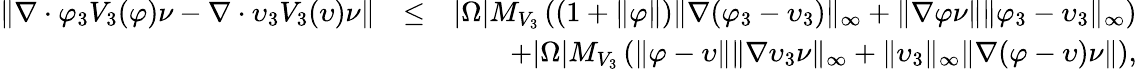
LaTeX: \begin{array}{rlr}{\| \nabla\cdot\varphi_{3}V_{3}(\varphi)\nu-\nabla\cdot\upsilon_{3}V_{3}(\upsilon)\nu\| }&{\leq}&{|\Omega|M_{V_{3}}\left(\left(1+\| \varphi\| \right)\| \nabla(\varphi_{3}-\upsilon_{3})\| _{\infty}+\| \nabla\varphi\nu\| \| \varphi_{3}-\upsilon_{3}\| _{\infty}\right)}\\ &{}&{+|\Omega|M_{V_{3}}\left(\| \varphi-\upsilon\| \| \nabla\upsilon_{3}\nu\| _{\infty}+\| \upsilon_{3}\| _{\infty}\| \nabla(\varphi-\upsilon)\nu\| \right),}\end{array}